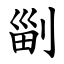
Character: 㓯